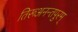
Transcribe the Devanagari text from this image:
तिरूअनन्तपुरम्